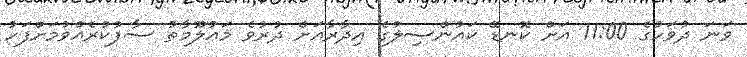
ވަނަ ދުވަހުގެ 11:00 އަށް ކޮނޑޭ ކައުންސިލުގެ އިދާރާއަށް ދުރުވެ މަޢުލޫމާތު ސާފުކުރެއްވުމަށްފަހު